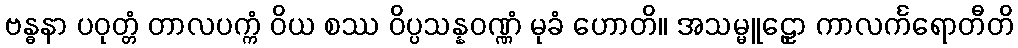
ဗန္ဓနာ ပဝုတ္တံ တာလပက္ကံ ဝိယ စဿ ဝိပ္ပသန္နဝဏ္ဏံ မုခံ ဟောတိ။ အသမ္မူဠှော ကာလင်္ကရောတီတိ